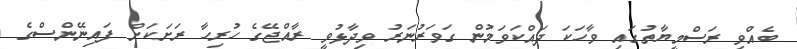
ބެއްވި ރަސްމީޔާތުގައި ވާހަކަ ދައްކަވަމުން ގަވަރުނަރު ވިދާޅުވީ ރާއްޖޭގެ ހުރިހާ ރަށަކަށް ފައިނޭންސްގެ